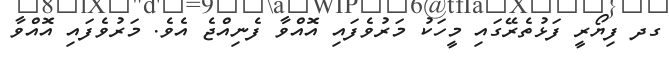
ގދ ފިޔޯރީ ފަޅުތެރޭގައި މީހަކު މަރުވެފައި އޮއްވާ ފެނިއްޖެ އެވެ. މަރުވެފައި އޮއްވާ